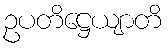
ဥပတိဋ္ဌေယျာတိ